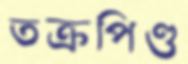
তক্রপিণ্ড